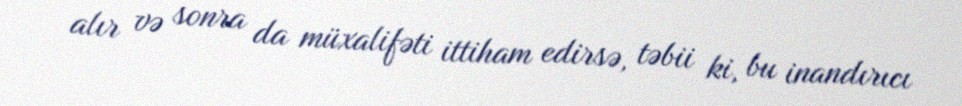
alır və sonra da müxalifəti ittiham edirsə, təbii ki, bu inandırıcı